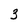
Character: 3